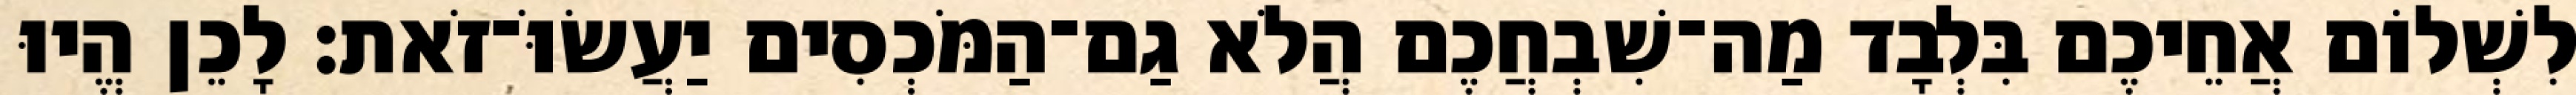
לִשְׁלוֹם אֲחֵיכֶם בִּלְבָד מַה־שִׁבְחֲכֶם הֲלֹא גַם־הַמֹּכְסִים יַעֲשׂוֹּ־זֹאת׃ לָכֵן הֱיוּ